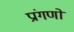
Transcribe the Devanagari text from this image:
प्रांगणों